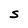
Character: S